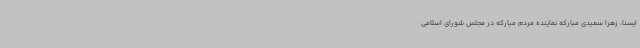
ایسنا، زهرا سعیدی مبارکه نماینده مردم مبارکه در مجلس شورای اسلامی